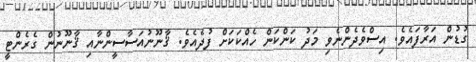
ގުޑުން އަރާފައެވެ. އިސްވެދެންނެވި މަދު ކަންކަން ހެއްކަކަށް ފުދެއެވެ. ޤާނޫނުއަސާސީންނާއި ޤާނޫނުން ގެރެންޓީ